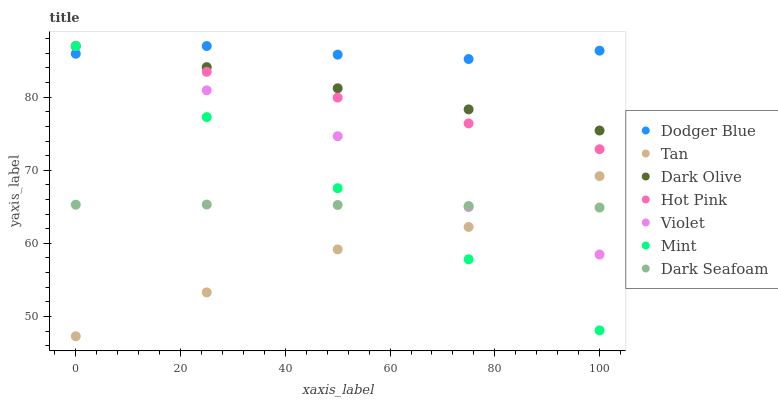
| xaxis_label | Dodger Blue | Tan | Dark Olive | Hot Pink | Violet | Mint | Dark Seafoam |
 | --- | --- | --- | --- | --- | --- | --- | --- |
 | 0 | 85.9 | 47.3 | 87 | 87 | 87 | 87 | 65.3 |
 | 25 | 87 | 53.3 | 84.1 | 83.5 | 80.9 | 77.3 | 65.3 |
 | 50 | 85.8 | 59.2 | 81.2 | 79.9 | 74.7 | 67.5 | 65.2 |
 | 75 | 85.2 | 62.2 | 78.3 | 76.4 | 65 | 57.8 | 65.1 |
 | 100 | 86.4 | 69.2 | 75.4 | 72.9 | 58.5 | 48.1 | 64.9 |